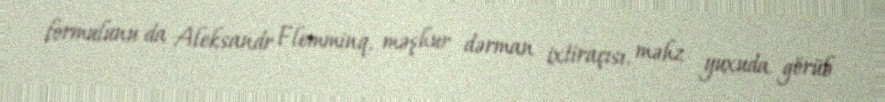
formulunu da Aleksandr Flemminq, məşhur dərman ixtiraçısı, məhz yuxuda görüb